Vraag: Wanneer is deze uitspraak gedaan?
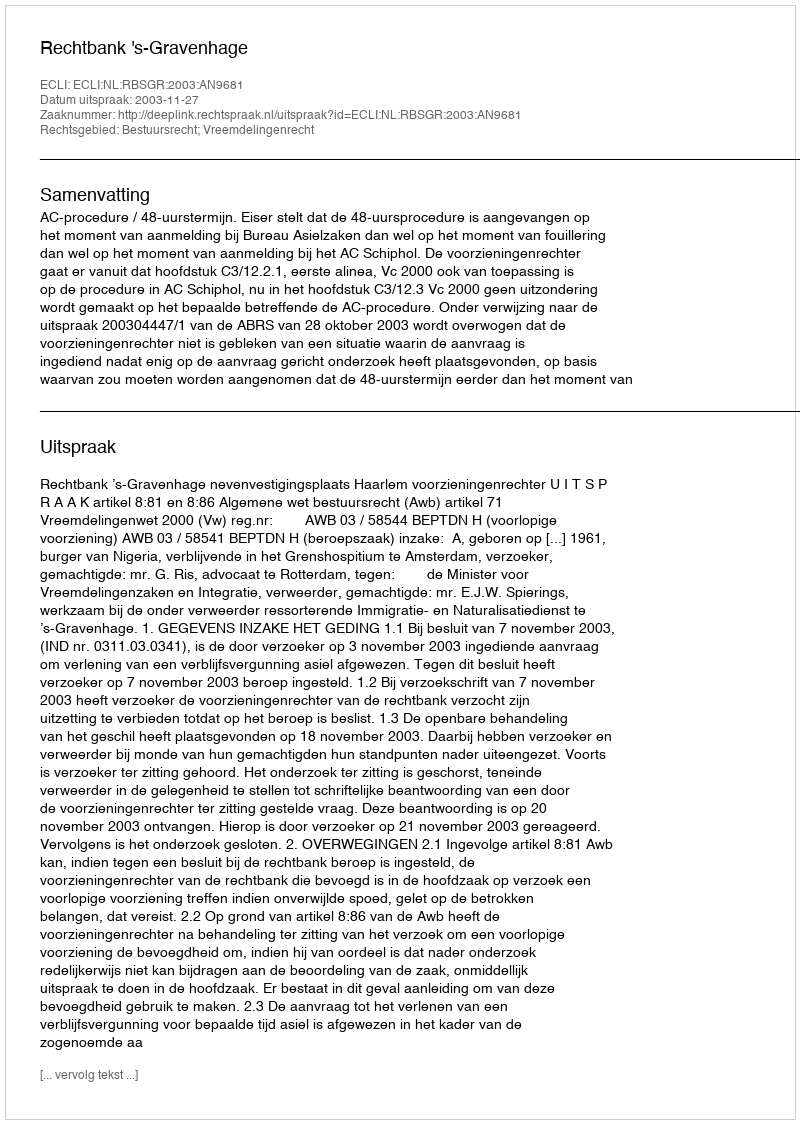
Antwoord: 2003-11-27